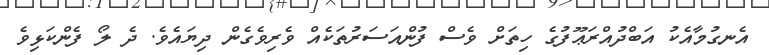
އެނގުމާއެކު އަބްދުއްރަޢޫފުގެ ހިތަށް ވެސް ފުންއަސަރުތަކެއް ވެރިވެގެން ދިޔައެވެ. ދެ ލޯ ފެންކަޅިވެ